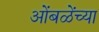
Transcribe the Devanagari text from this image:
ओंबळेंच्या